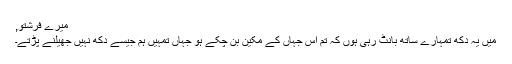
میرے فرشتو,
میں یہ دکھ تمہارے ساتھ بانٹ رہی ہوں کہ تم اس جہاں کے مکین بن چکے ہو جہاں تمہیں ہم جیسے دکھ نہیں جھیلنے پڑتے۔